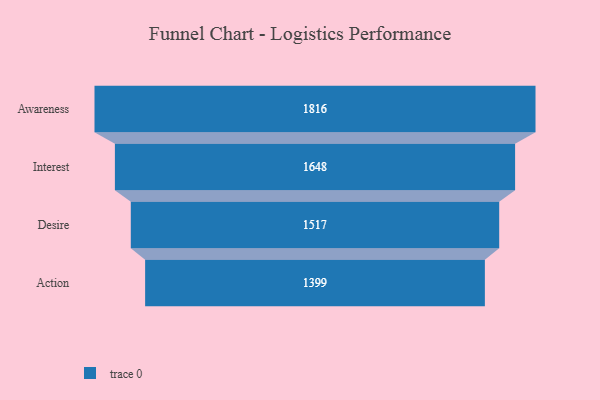
{"axis": {"x": "Stage", "y": "Value"}, "legend": [""], "data": [{"x": "Awareness", "y": 1816.0, "type": ""}, {"x": "Interest", "y": 1648.0, "type": ""}, {"x": "Desire", "y": 1517.0, "type": ""}, {"x": "Action", "y": 1399.0, "type": ""}]}